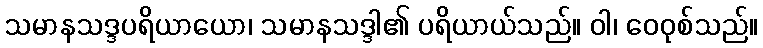
သမာနသဒ္ဒပရိယာယော၊ သမာနသဒ္ဒါ၏ ပရိယာယ်သည်။ ဝါ၊ ဝေဝုစ်သည်။